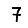
Digit: 7